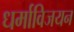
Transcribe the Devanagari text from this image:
धर्माविजयन